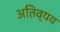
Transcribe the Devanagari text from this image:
अतिव्यय